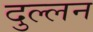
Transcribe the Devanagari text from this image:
दुल्लन